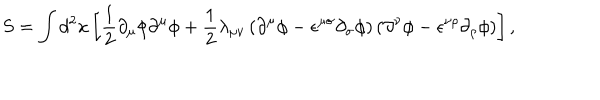
LaTeX: S = \int d ^ { 2 } x \left[ { \frac 1 2 } { \partial } _ { \mu } { \phi } { \partial } ^ { \mu } { \phi } + { \frac 1 2 } { \lambda } _ { { \mu } { \nu } } \left( { \partial } ^ { \mu } { \phi } - { \epsilon } ^ { { \mu } { \sigma } } { \partial } _ { \sigma } { \phi } \right) \left( { \partial } ^ { \nu } { \phi } - { \epsilon } ^ { { \nu } { \rho } } { \partial } _ { \rho } { \phi } \right) \right] ,